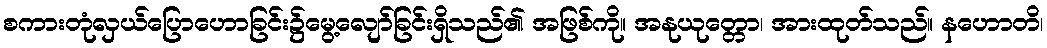
စကားတုံလှယ်ပြောဟောခြင်း၌မွေ့လျော်ခြင်းရှိသည်၏ အဖြစ်ကို။ အနုယုတ္တော၊ အားထုတ်သည်။ နဟောတိ၊